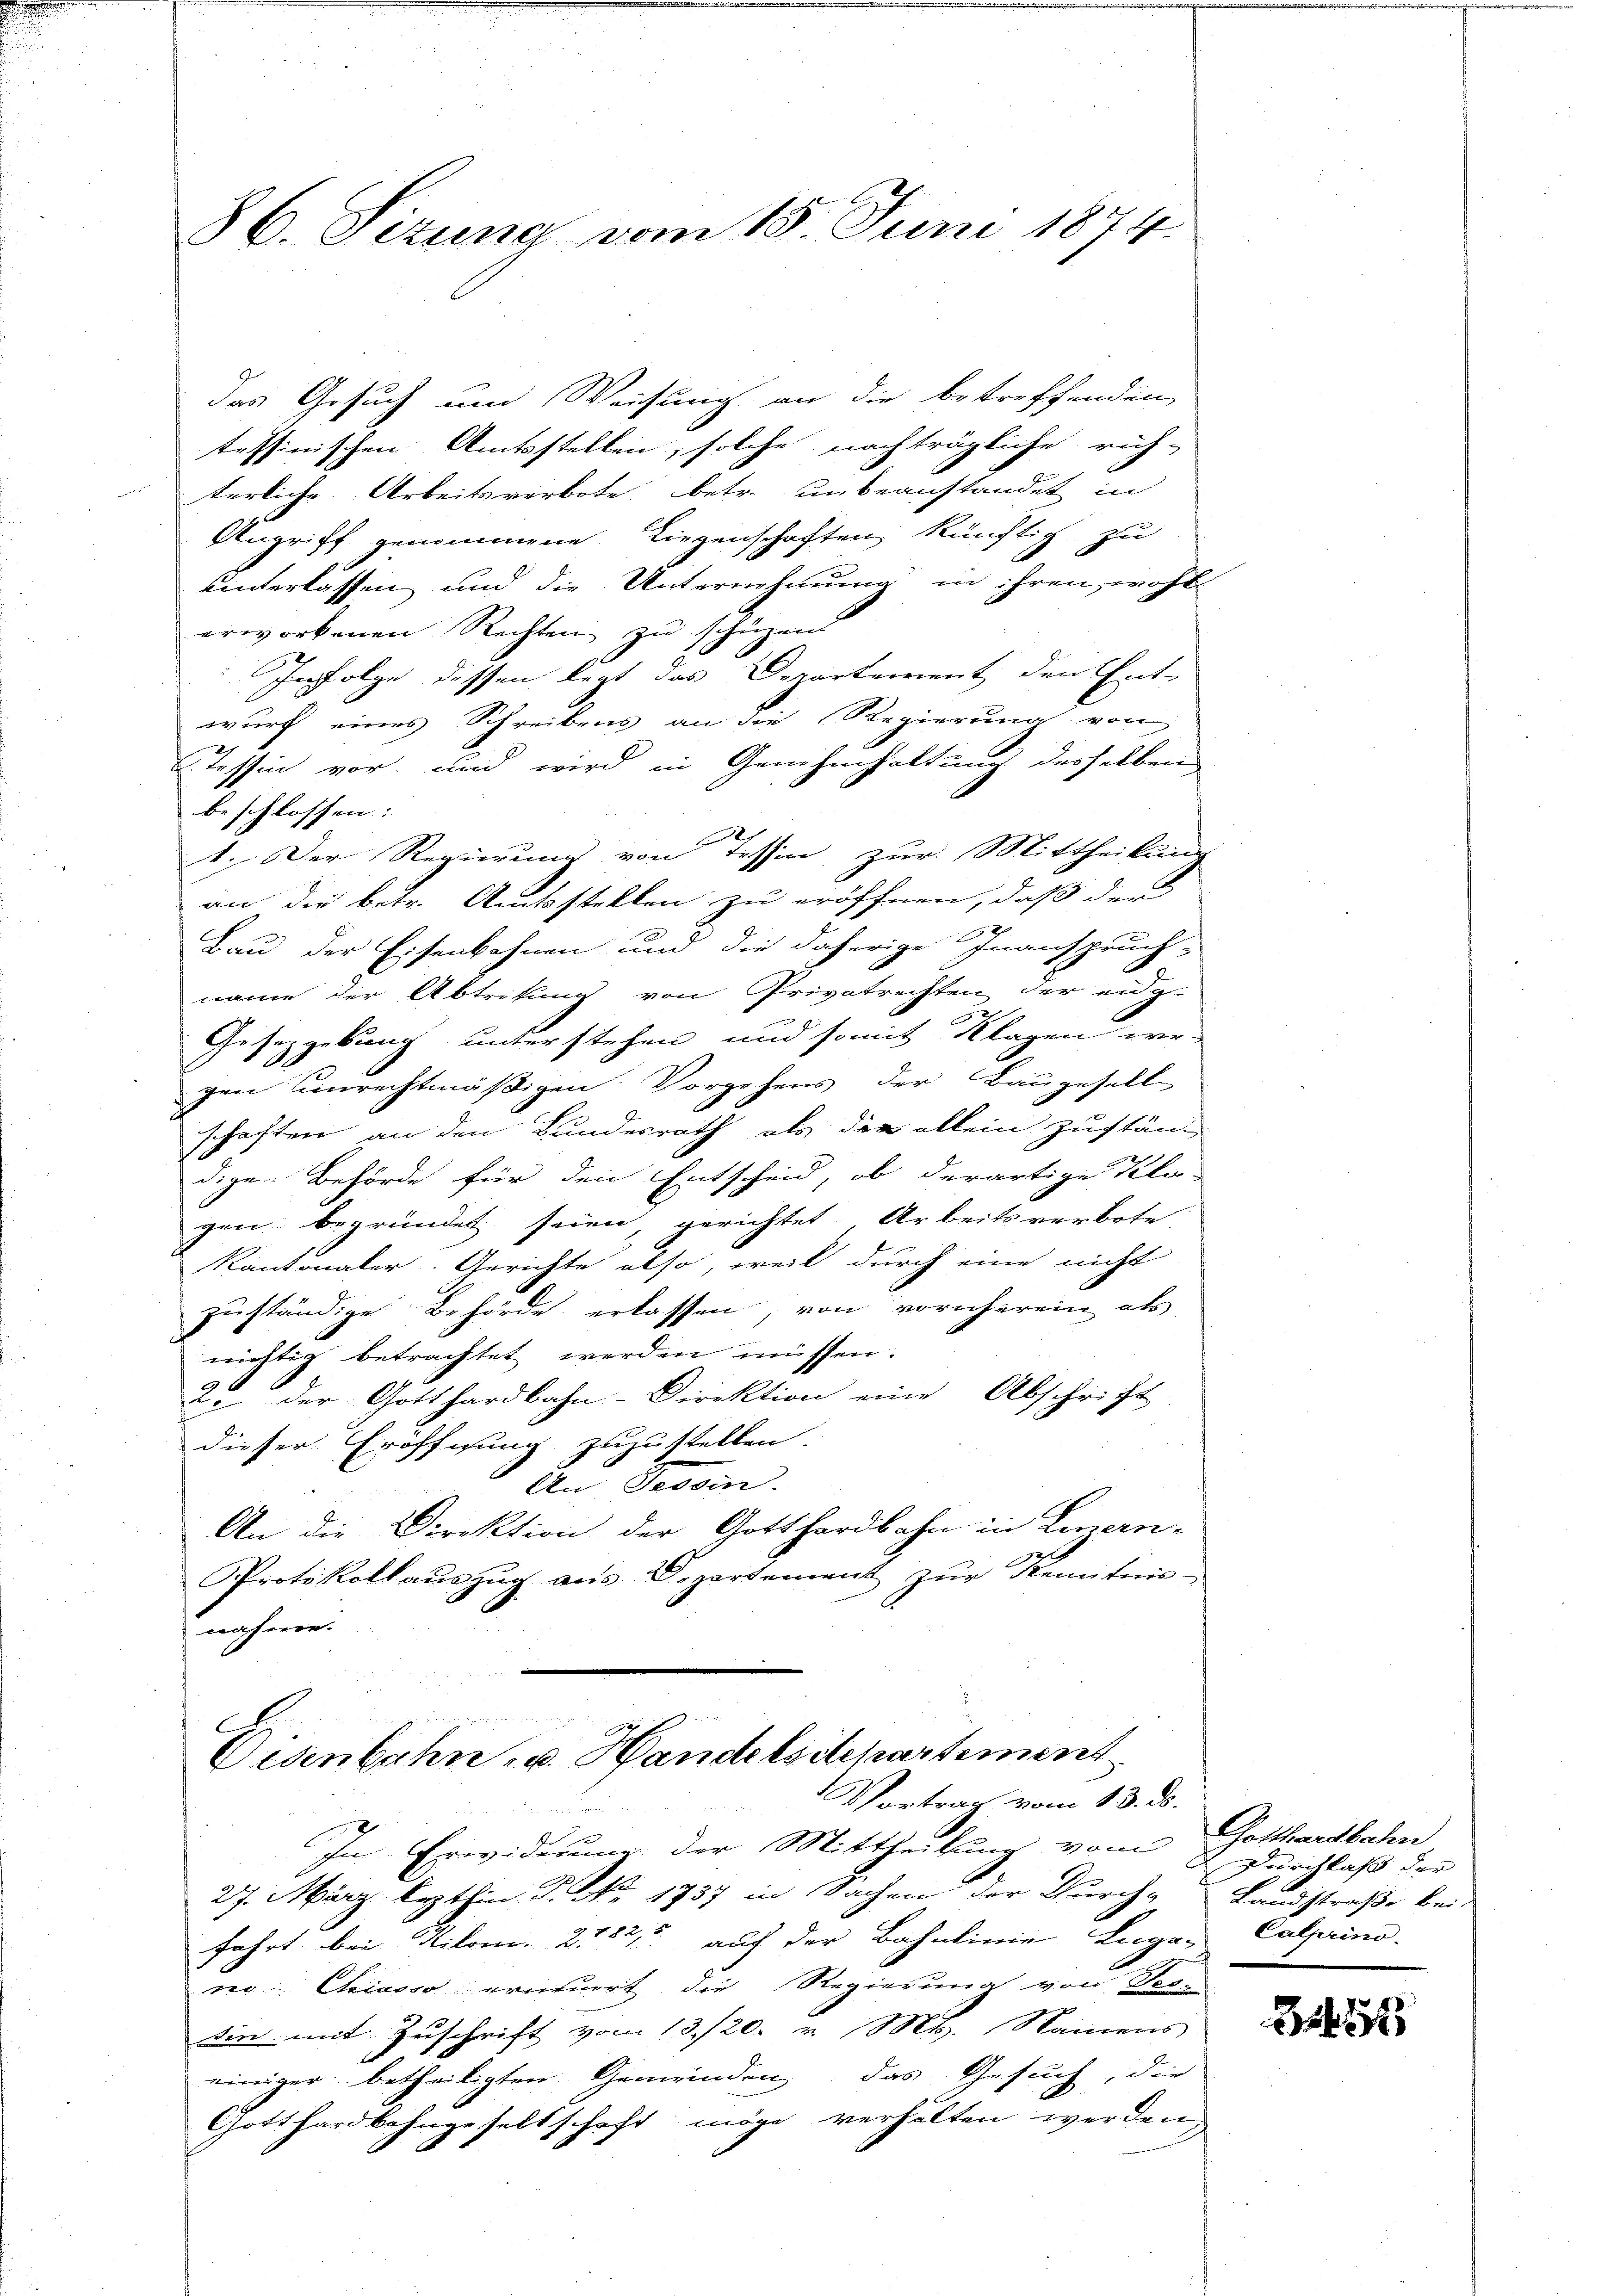
86. Sizung vom 15. Juni 1874.

das Gesuch um Weisung an die betreffenden
teffinischen Amtsstellen, solche nachträgliche rich-
terliche Arbeitsverbote, betr. unbeanstandet in
Angriff genommene Liegenschaften künftig zu
unterlassen und die Unternehmung in ihren, wohl
erworbenen Rechten zu schüzen.
Infolge dessen legt das Departement den Ent-
wurf eines Schreibens an die Regierung von
Tessin vor und wird in Genehmhaltung desselben
beschlossen:
1. Der Regierung von Tessin zur Mittheilun
an die betr. Amtsstellen zu eröffnen, daß der
Bau der Eisenbahnen und die daherige Inanspruch-
näme der Abtretung von Privatrechten der eidg
Gesetzgebung unterstehen und somit Klagen we-
gen unrechtmäßigen Vorgehens der Baugesell
schaften an den Bundesrath als der allein Zuständ
digen Behörde für den Entscheid, ob derartige Kla-
gen begründet seien, gerichtet Arbeitsverbote
Kantonaler Gerichte also, weil durch eine nicht
zuständige Behörde erlassen, von vornherein als
nichtig betrachtet werden müssen.
2. der Gotthardbahn-Direktion eine Abschrift
dieser Eröffnung zuzustellen.
An Tessin.
An die Direktion der Gotthardbahn in Luzern-
Protokollauszug aus Departement zŭr Kenntnis-
nähme.

C
Eisenbahn u. Handelsdepartement
Vortrag vom 13. ds.

r
In Erwiderung der Mittheilung vom
A
27. März lezthin P. Nr. 1737 in Sachen der Durch-
fahrt bei Kilom. 21825 auf der Bahnlinie Liga Calprino.
reg- Chriasso erneuert, die Regierung von Pro-
sin mit Zuschrift vom 13./20. v. Mt. Namens
einiger betheiligten Gemeinden, das Gesuch, die
Gotthardbahngesellschaft möge verhalten werden

Gotthardbahn
Durchlaß der
Landstraße bei

2